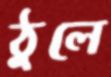
ঠুলে